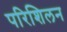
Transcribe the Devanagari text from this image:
परिशिलन